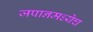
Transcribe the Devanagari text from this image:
जपानमध्येच